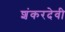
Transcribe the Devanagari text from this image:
शंकरदेवी